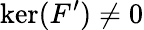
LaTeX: \ker(F^{\prime})\neq 0